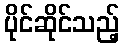
ပိုင်ဆိုင်သည့်